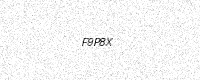
Text: F9P8X